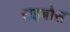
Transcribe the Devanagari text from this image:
राइबोस